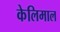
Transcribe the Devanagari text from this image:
केलिमाल